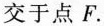
交于点F。